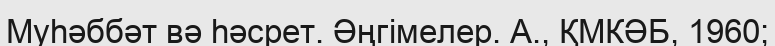
Муһәббәт вә һәсрет. Әңгімелер. А., ҚМКӘБ, 1960;